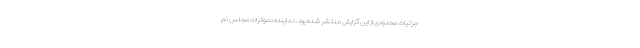
جزئیات محدودی از این گزارش منتشر شده بود. نماینده دموکرات مجلس نم